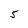
Character: 5